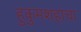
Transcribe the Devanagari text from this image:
हुकुमशहाचा